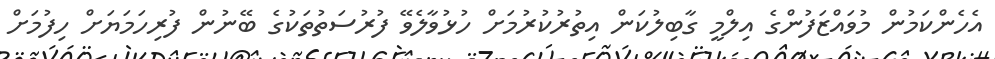
އެހެންކަމުން މުވައްޒަފުންގެ އިލްމީ ގާބިލުކަން އިތުރުކުރުމަށް ހުޅުވާލެވޭ ފުރުސަތުތަކުގެ ބޭނުން ފުރިހަމަޔަށް ހިފުމަށް